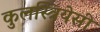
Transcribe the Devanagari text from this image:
कुलस्त्रियेसी